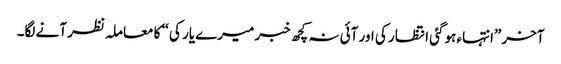
آخر ”انتہاء ہوگئی انتظار کی اور آئی نہ کچھ خبر میرے یار کی“ کا معاملہ نظر آنے لگا۔